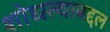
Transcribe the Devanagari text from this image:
शोधल्याबद्दल